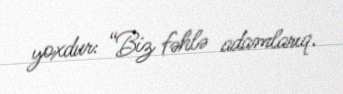
yoxdur: “Biz fəhlə adamlarıq.